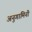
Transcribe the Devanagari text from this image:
अनुगामिनी